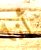
أنا